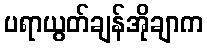
ပရာယွတ်ချန်အိုချာက